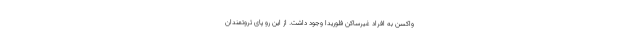
واکسن به افراد غیرساکن فلوریدا وجود داشت. از این رو پای ثروتمندان